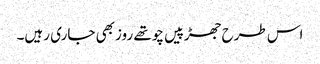
اس طرح جھڑپیں چوتھے روزبھی جاری رہیں۔